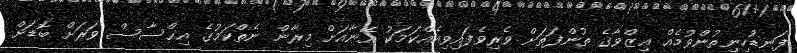
ފަނޑުހިނިތުންވުމެއް ޢިޒްވާގެ ތުންފަތަށް ވެރިވެފައިވިއެއްކަމަކު އޭނާއަށް މިރާން ނެތްކަމުގެ އިޙްސާސް ވަރަށް ބޮޑަށް